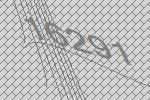
16291